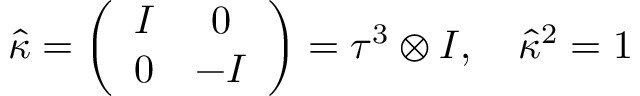
\hat { \kappa } = \left( \begin{array} { c c } { { I } } & { { 0 } } \\ { { 0 } } & { { - I } } \end{array} \right) = \tau ^ { 3 } \otimes I , \quad \hat { \kappa } { } ^ { 2 } = 1